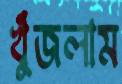
খুঁজলাম